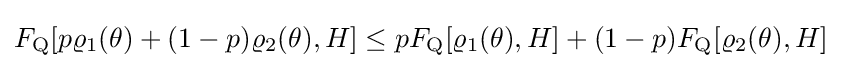
F_{\rm {Q}}[p\varrho _{1}(\theta )+(1-p)\varrho _{2}(\theta ),H]\leq pF_{\rm {Q}}[\varrho _{1}(\theta ),H]+(1-p)F_{\rm {Q}}[\varrho _{2}(\theta ),H]